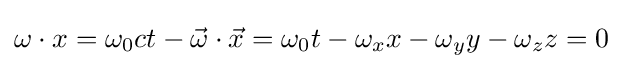
\omega \cdot x=\omega _{0}ct-{\vec {\omega }}\cdot {\vec {x}}=\omega _{0}t-\omega _{x}x-\omega _{y}y-\omega _{z}z=0